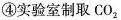
④实验室制取CO_{2}